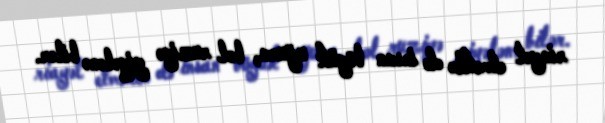
riayət etməklə də insan böyük uğura, bol ruziyə yiyələnə bilər.